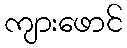
ကျားဖောင်